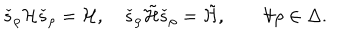
LaTeX: \check { s } _ { \rho } { \cal H } \check { s } _ { \rho } = { \cal H } , \quad \check { s } _ { \rho } \tilde { \cal H } \check { s } _ { \rho } = \tilde { \cal H } , \qquad \forall \rho \in \Delta .